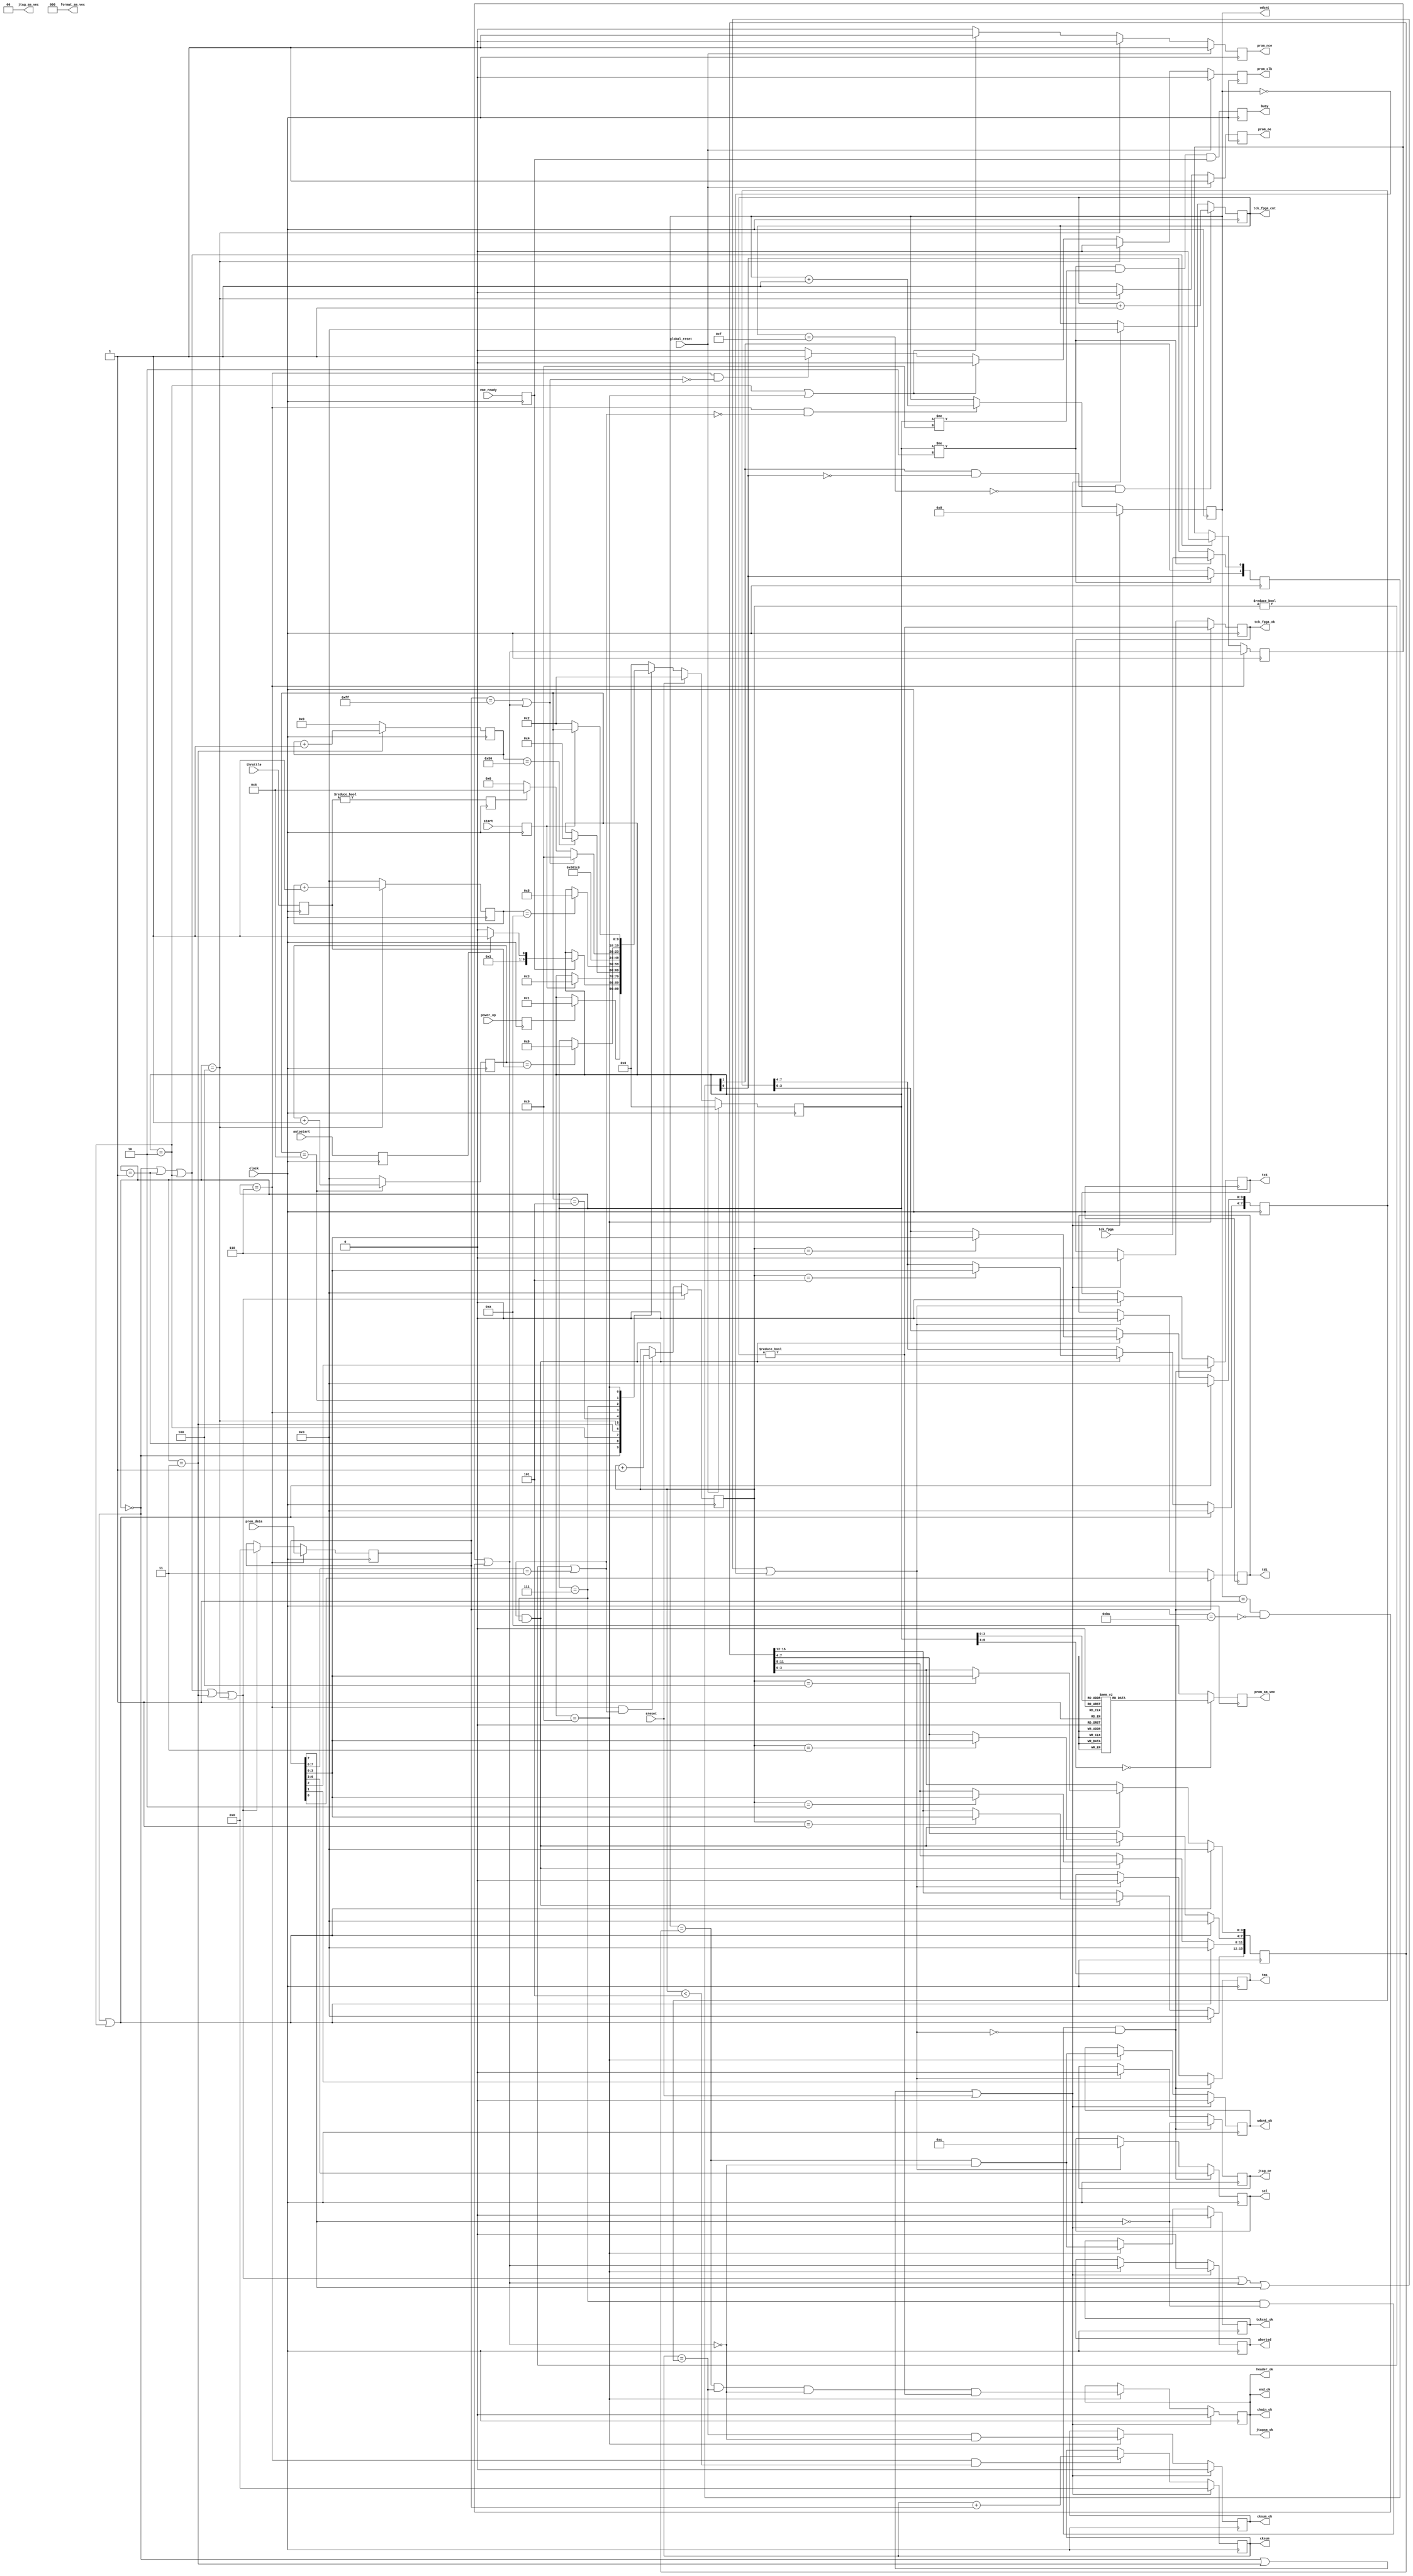
//-----------------------------------------------------------------------------------------------------------------
`timescale 1ns / 1ps
//`define DEBUG_JTAGSM_OLD 1
//-----------------------------------------------------------------------------------------------------------------
//
//	Read User PROM and write to JTAG port
//
//	PROM data structure
//	Adr	76543210	Hex	Description
//	0	10111010	BA	Begin ALCT Marker, if "B" missing state machine stops
//	1	1000aaaa	83	ALCT  MSD 3	Type (288,384,672)
//	2	1000aaaa	88	ALCT      8
//	3	1000aaaa	84	ALCT  LSD 4
//	4	1000mmmm	80	Month MSD 0  in "hex-ascii" April 15, 2006
//	5	1000mmmm	84	Month LSD 4
//	6	1000dddd	81	Day   MSD 1
//	7	1000dddd	85	Day   LSD 5
//	8	1000yyyy	82	Year  MSD 2
//	9	1000yyyy	80	Year      0
//	A	1000yyyy	80	Year      0
//	B	1000yyyy	86	Year  LSD 6
//	C	1000vvvv	81	Version number [3:0]
//	D	1000xxxx	80  Future use
//	E	1000xxxx	80	Future use
//	F	10101010	AA	End ALCT Header Marker
// 10	0ssssttt		First JTAG word, ssss=SEL[3:0], ttt=TCK, TMS, TDI
//	L	0ssssttt		Last  JTAG word
//	L+1	11111010	FA	End of JTAG data Marker
//	L+2	1100wwww	Cw	Word Count [15:12] (includes Adr 0 and end JTAG marker)
//	L+3	1100wwww	Cw	Word Count [11:8]
//	L+4	1100wwww	Cw	Word Count [7:4]
//  L+5 1100wwww	Cw	Word Count [3:0]
//	L+6	1100cccc	Cc	Check Sum  [7:4]
//	L+7	1110cccc	Cc	Check sum  [3:0] includes addresses 0 to L+6
//	L+8	11111111	FF	End of PROM data Marker

//	PROM JTAG data [7:0] format
//	[0]	TDI
//	[1]	TMS
//	[2]	TCK
//	[3]	SEL[0]
//	[4]	SEL[1]
//	[5]	SEL[2]
//	[6]	SEL[3]
//	[7]	Flag
//
//	03/13/06 Initial
//	03/14/06 Sim fixes
//	04/05/06 Add header, trailer, status data
//	04/07/06 Add status reset for software operation
//	04/10/06 Add jtag_oe to port list
//	04/12/06 Remove jtag tri-states, add z to calling module, downsize word counter
//	04/13/06 Remove prom access delay, speed inc adr to 20MHz
//	04/14/06 Add jtag throttle
//	04/18/06 Add fpga jtag tck counter
//	07/20/06 Negate busy until vme_ready is asserted
//	09/22/06 Increase machine state vector width so xst recognizes fsm
//	09/28/06 Extend tck_fpga_cnt_done to d15, to span the allocated 4 bits
//	06/26/08 Add tckcnt_ok to conform to version v2
//	08/19/08 Conform to jtagsm_new port list
//	01/12/09 Mod for ISE 10.1i
//	08/23/10 Port to ise 12, add register init, remove async ffs
//-----------------------------------------------------------------------------------------------------------------
	module jtagsm_old
	(
// Control
	clock,
	global_reset,
	power_up,
	vme_ready,
	start,
	autostart,
	throttle,

// PROM
	prom_data,
	prom_clk,
	prom_oe,
	prom_nce,
	
// JTAG
	jtag_oe,
	tdi,
	tms,
	tck,
	sel,

// Status
	sreset,
	tck_fpga,
	busy,
	aborted,
	header_ok,
	chain_ok,
	tckcnt_ok,
	cksum_ok,
	wdcnt_ok,
	tck_fpga_ok,
	end_ok,
	jtagsm_ok,
	wdcnt,
	cksum,
	tck_fpga_cnt,
	prom_sm_vec,
	format_sm_vec,
	jtag_sm_vec

// Debug
`ifdef DEBUG_JTAGSM_OLD
   ,prom_sm_dsp,
	jtag_write,
	init_done,
	init_cnt_en,
	init_cnt,
	reset_done,
	reset_cnt_en,
	reset_cnt,
	clear_adr,
	next_adr,
	idle_prom,
	wdcnt_prom,
	wdcnt_cnt_en,
	wdcnt_clear,
	cksum_prom,
	blank_data,
	abort,
	header_marker,
	jtag_frame,
	trailer_frame,
	prom_end,
	trailer_cnt_en,
	trailer_cnt,
	latch_status,
	clear_status,
	prom_data_ff,
	check_flag,
	latch_prom_data
`endif
	);
//-----------------------------------------------------------------------------------------------------------------
// IO Ports
//-----------------------------------------------------------------------------------------------------------------
// Control
	input			clock;				// 40 MHz clock
	input			global_reset;		// Global reset
	input			power_up;			// DLL clock lock, we wait for it
	input			vme_ready;			// TMB VME registers loaded from PROM
	input			start;				// Cycle start command
	input			autostart;			// Enable automatic power-up
	input	[3:0]	throttle;			// JTAG speed control, 0=fastest

// PROM
	input	[7:0]	prom_data;			// prom_data[7:0]
	output			prom_clk;			// prom_ctrl[0]
	output			prom_oe;			// prom_ctrl[1]
	output			prom_nce;			// prom_ctrl[2]

// JTAG
	output			jtag_oe;			// Enable jtag drivers else tri-state
	output			tdi;				// jtag_usr[1]
	output			tms;				// jtag_usr[2]
	output			tck;				// jtag_usr[3]
	output	[3:0]	sel;				// sel_usr[3:0]

// Status
	input			sreset;				// Status signal reset
	input			tck_fpga;			// TCK from FPGA JTAG chain 
	output			busy;				// State machine busy
	output			aborted;			// State machine aborted reading PROM
	output			header_ok;			// Header marker found where expected
	output			chain_ok;			// Chain  marker found where expected
	output			tckcnt_ok;			// State machine sent correct number of TCKs to jtag
	output			cksum_ok;			// Check-sum  matches PROM contents
	output			wdcnt_ok;			// Word count matches PROM contents
	output			tck_fpga_ok;		// FPGA jtag tck detected
	output			end_ok;				// End marker detected
	output			jtagsm_ok;			// JTAG state machine completed without errors
	output	[15:0]	wdcnt;				// Word count
	output	[7:0]	cksum;				// Check sum
	output	[3:0]	tck_fpga_cnt;		// FPGA jtag tck counter
	output	[3:0]	prom_sm_vec;		// PROM control State Machine status vector
	output	[2:0]	format_sm_vec;		// Data format  State Machine status vector
	output	[1:0]	jtag_sm_vec;		// JTAG signal  State Machine status vector

//-----------------------------------------------------------------------------------------------------------------
// Debug Ports
//-----------------------------------------------------------------------------------------------------------------
`ifdef DEBUG_JTAGSM_OLD
	output	[71:0]	prom_sm_dsp;
	output			jtag_write;
	output			init_done;
	output			init_cnt_en;
	output	[6:0]	init_cnt;
	output			reset_done;
	output			reset_cnt_en;
	output	[3:0]	reset_cnt;
	output			clear_adr;
	output			next_adr;
	output			idle_prom;
	output	[15:0]	wdcnt_prom;
	output			wdcnt_cnt_en;
	output			wdcnt_clear;
	output	[7:0]	cksum_prom;
	output			blank_data;
	output			abort;
	output			header_marker;
	output			jtag_frame;
	output			trailer_frame;
	output			prom_end;
	output			trailer_cnt_en;
	output	[3:0]	trailer_cnt;
	output			latch_status;
	output			clear_status;
	output	[7:0]	prom_data_ff;
	output			check_flag;
	output			latch_prom_data;
`endif

//-----------------------------------------------------------------------------------------------------------------
// Local
//-----------------------------------------------------------------------------------------------------------------
// State Machine declarations
	reg	[9:0] prom_sm;

	parameter wait_dll		=	4'h0;
	parameter wait_vme		=	4'h1;
	parameter idle			=	4'h2;
	parameter init			=	4'h3;
	parameter reset_adr		=	4'h4;
	parameter prom_taccess	=	4'h5;
	parameter latch_prom	=	4'h6;
	parameter inc_adr		=	4'h7;
	parameter persist		=	4'h8;
	parameter unstart		=	4'h9;

	// synthesis attribute safe_implementation of prom_sm is "yes";
	// synthesis attribute init                of prom_sm is "wait_dll";

//-----------------------------------------------------------------------------------------------------------------
// Main Logic Section
//-----------------------------------------------------------------------------------------------------------------
// FF buffer state machine trigger inputs
	reg	power_up_ff  = 0;
	reg vme_ready_ff = 0;
	reg	start_ff     = 0;
	reg	autostart_ff = 0;

	always @(posedge clock) begin
	power_up_ff  <= power_up;
	vme_ready_ff <= vme_ready;
	start_ff     <= start;
	autostart_ff <= autostart;
	end

// Signal busy if not idling or waiting for unstart
	reg busy=0;

	wire busy_en = (prom_sm != idle) && (prom_sm != unstart) && vme_ready_ff;

	always @(posedge clock) begin
	busy <= busy_en;
	end

// Control signals to the active PROM
	reg	 prom_clk = 0;
	reg  prom_oe  = 1;
	reg	 prom_nce = 1;
	wire prom_end;

	wire clear_adr = (prom_sm == reset_adr);
	wire next_adr  = (prom_sm == latch_prom) && !prom_end;
	wire idle_prom = (prom_sm == idle) || (prom_sm == unstart);

	always @(posedge clock) begin
	if (global_reset) begin
	prom_clk <= 0;
	prom_oe  <= 1;
	prom_nce <= 1;
	end
	else if (clear_adr) begin
	prom_clk <= 0;	// take clock low, it was prolly idle high
	prom_oe	 <= 0;	// 0=reset address, outputs disabled
	prom_nce <= 0;	// 0=chip selected
	end
	else if (idle_prom) begin
	prom_clk <= 0;	// take clk low for idling
	prom_oe	 <= 1;	// 0=reset address, outputs disabled
	prom_nce <= 1;	// 1=chip not selected
	end
	else if (next_adr) begin
	prom_clk <= 1;	// advance address
	prom_oe	 <= 1;	// 1=outputs enabled
	prom_nce <= 0;	// 0=chip selected
	end
	else begin
	prom_clk <= 0;	// take clk low 
	prom_oe	 <= 1;	// 0=reset address, outputs disabled
	prom_nce <= 0;	// 1=chip not selected
	end
	end

// Latch PROM data
	reg [7:0] prom_data_ff=0;

	wire blank_data = 
	(prom_sm == wait_dll)	||
	(prom_sm == wait_vme)	||
	(prom_sm == idle)		||
	(prom_sm == init)		||
	(prom_sm == reset_adr);

	wire latch_prom_data = (prom_sm==latch_prom);
	
	always @(posedge clock) begin
	if (blank_data     ) prom_data_ff <= 0;
	if (latch_prom_data) prom_data_ff <= prom_data;
	end

// Decode control word from PROM
	wire trailer_busy;
	wire abort;

	wire   header_marker = (prom_data_ff[7:0] == 8'hBA);
	wire   jtag_frame	 = (prom_data_ff[7]   == 1'b0 );
	wire   trailer_frame = (prom_data_ff[7:6] == 2'b11);
	assign prom_end		 = (prom_data_ff[7:0] == 8'hFF) || abort;

// Transfer PROM data to JTAG chain
	reg			tdi     = 0;
	reg			tms     = 0;
	reg			tck     = 0;
	reg	[3:0]	sel     = 4'hC;
	reg			jtag_oe = 0;

	wire check_flag = (prom_sm==latch_prom);
	wire jtag_blank = blank_data || abort || !jtag_frame || wdcnt==0;
	wire jtag_write = (prom_sm==inc_adr) && jtag_frame && !jtag_blank;

	always @(posedge clock) begin
	if (jtag_blank) begin
	tdi		<= 0;
	tms		<= 0;
	tck		<= 0;
	sel		<= 4'hC;
	jtag_oe <= 0;	
	end
	if (jtag_write) begin
	tdi		<= prom_data_ff[0];
	tms		<= prom_data_ff[1];
	tck		<= prom_data_ff[2];
	sel		<= prom_data_ff[6:3];
	jtag_oe <= jtag_frame;
	end
	end

// Init delay counter waits 2uS after asserting /CE low per Xilinx datasheet
	reg [6:0] init_cnt=0;

	wire init_cnt_en = (prom_sm  == init);
	wire init_done   = (init_cnt == 80);

	always @(posedge clock) begin
	if (init_cnt_en) init_cnt <= init_cnt+1'b1;
	else             init_cnt <= 0;
	end

// Address reset delay counter asserts reset 250nS per Xilinx datasheet
	reg [3:0] reset_cnt=0;

	wire reset_cnt_en = (prom_sm == reset_adr);
	wire reset_done   = (reset_cnt == 10);

	always @(posedge clock) begin
	if (reset_cnt_en) reset_cnt <= reset_cnt+1'b1;
	else              reset_cnt <= 0;
	end

// Word counter, counts from BA to FA markers, inclusive, 512K PROMs have 512K/8=64K addresses
	reg [15:0] wdcnt      = 0;
	reg [3:0] trailer_cnt = 0;

	wire wdcnt_cnt_en = check_flag && !trailer_busy;
	wire wdcnt_clear  = (prom_sm == wait_dll) || (prom_sm == init) || sreset;
	
	always @(posedge clock) begin
	if (wdcnt_cnt_en) wdcnt <= wdcnt+1'b1;
	if (wdcnt_clear ) wdcnt <= 0;
	end

// Checksum accumulator adds data starting from BA marker to the last word-count frame, inclusive
	reg [7:0] cksum=0;

	wire cksum_cnt_en = check_flag && (trailer_cnt < 5);
	wire cksum_clear  = (prom_sm == wait_dll) || (prom_sm == init) || sreset;
	
	always @(posedge clock) begin
	if (cksum_cnt_en) cksum <= cksum + prom_data_ff;
	if (cksum_clear ) cksum <= 0;
	end

// First frame marker must be present else state machine stops
	reg abort_ff=0;

	wire abort_clear = (prom_sm == wait_dll) || (prom_sm == wait_vme) || (prom_sm == idle);

	always @(posedge clock) begin
	if (abort_clear) abort_ff <= 0;
	if (check_flag ) abort_ff <= abort;
	end

	assign abort = abort_ff || ((wdcnt == 1) && !header_marker);
	
// Trailer frame counter
	wire   trailer_cnt_clear = blank_data;
	wire   trailer_cnt_en	 = check_flag && trailer_busy;
	assign trailer_busy  	 = (trailer_cnt != 0) || trailer_frame;

	always @(posedge clock) begin
	if (trailer_cnt_en)		trailer_cnt <= trailer_cnt+1'b1;
	if (trailer_cnt_clear)	trailer_cnt <= 0;
	end

// Trailer frame storage
	reg [15:0] wdcnt_prom=0;
	reg	[7:0]  cksum_prom=0;

	always @(posedge clock) begin
	if   (trailer_busy && prom_sm==inc_adr) begin
	case (trailer_cnt)
	4'd1:	wdcnt_prom[15:12]	<= prom_data_ff[3:0];
	4'd2:	wdcnt_prom[11:8]	<= prom_data_ff[3:0];
	4'd3:	wdcnt_prom[7:4]		<= prom_data_ff[3:0];
	4'd4:	wdcnt_prom[3:0]		<= prom_data_ff[3:0];
	4'd5:	cksum_prom[7:4]		<= prom_data_ff[3:0];
	4'd6:	cksum_prom[3:0]		<= prom_data_ff[3:0];
	endcase
	end
	if (prom_sm==wait_dll || prom_sm==idle) begin
	wdcnt_prom <= 0;
	cksum_prom <= 0;
	end
	end

// JTAG speed throttle
	reg [3:0]	throttle_ff  = 0;
	reg	[3:0]	throttle_cnt = 0;
	reg			throttle_en  = 0;

	always @(posedge clock) begin
	throttle_ff <= throttle;
	throttle_en	<= (throttle_ff != 0);
	end

	wire throttle_cnt_en = (prom_sm == persist);

	always @(posedge clock) begin
	if (throttle_cnt_en) throttle_cnt <= throttle_cnt+1'b1;
	else                 throttle_cnt <= 0;
	end

	wire throttle_done = (throttle_cnt == throttle_ff);

// Status flags
	reg tckcnt_ok = 0;
	reg wdcnt_ok  = 0;
	reg cksum_ok  = 0;
	reg jtagsm_ok = 0;
	reg aborted   = 0;

	wire latch_status = (prom_sm == unstart );
	wire clear_status = (prom_sm == wait_dll) || (prom_sm == init) || sreset;

	always @(posedge clock) begin
	if (latch_status) begin
	tckcnt_ok <= (wdcnt == wdcnt_prom) && !abort;
	wdcnt_ok  <= (wdcnt == wdcnt_prom) && !abort;
	cksum_ok  <= (cksum == cksum_prom) && !abort;
	jtagsm_ok <= (wdcnt == wdcnt_prom) && (cksum == cksum_prom) && !abort && (tck_fpga_cnt != 0);
	aborted   <= abort;
	end
	if (clear_status) begin
	tckcnt_ok <= 0;
	wdcnt_ok  <= 0;
	cksum_ok  <= 0;
	jtagsm_ok <= 0;
	aborted   <= 0;
	end
	end

// FPGA JTAG TCK counter to check that state machine can write to jtag chain 4'hC
	reg [3:0]	tck_fpga_cnt = 0;
	reg	[1:0]	tck_fpga_ff  = 0;
	reg			tck_fpga_ok  = 0;

	always @(posedge clock) begin
	if (prom_sm != idle) begin
	tck_fpga_ff[0]	<= tck_fpga;
	tck_fpga_ff[1]	<= tck_fpga_ff[0];
	end
	end

	wire tck_fpga_cnt_done = tck_fpga_cnt[3:0] == 4'hF;
	wire tck_fpga_ticked   = tck_fpga_ff[1]  && !tck_fpga_ff[0]; 	// tck transitioned 0-to-1
	wire tck_fpga_cnt_en   = tck_fpga_ticked && !tck_fpga_cnt_done; // stop counter at full scale

	always @(posedge clock) begin
	if (clear_status   ) tck_fpga_cnt <= 0;
	if (tck_fpga_cnt_en) tck_fpga_cnt <= tck_fpga_cnt+1'b1;
	end

	always @(posedge clock) begin
	if (clear_status) tck_fpga_ok <= 0;
	if (latch_status) tck_fpga_ok <= (tck_fpga_cnt != 0);
	end

//-----------------------------------------------------------------------------------------------------------------
//  PROM-Reader State machine
//-----------------------------------------------------------------------------------------------------------------
	always @(posedge clock) begin

	if      (global_reset) prom_sm <= wait_dll;
	else if	(sreset      ) prom_sm <= idle;
	else begin
	case (prom_sm)
	
	wait_dll:										// Wait for FPGA DLLs to lock
	 if (power_up_ff)	prom_sm <= wait_vme;		// FPGA is ready

	wait_vme:										// Wait for VME registers to load
	 if (vme_ready_ff)								// VME loaded from PROM
	 begin
	 if (autostart_ff)	prom_sm <= init;			// Start cycle if autostart enabled
	 else				prom_sm <= idle;			// Otherwise stay idle
	 end

	idle:											// Wait for VME command to program, power down PROM
	 if (start_ff)		prom_sm <= init;			// Start arrived

	init:
	 if (init_done)		prom_sm <= reset_adr;		// Power up PROM, 2uS delay

	reset_adr:
	 if (reset_done)	prom_sm <= prom_taccess;	// Reset PROM address, 250nS delay
	
	prom_taccess:		prom_sm <= latch_prom;		// Relase reset, wait for output to assert 10ns minimum

	latch_prom:			prom_sm <= inc_adr;			// Latch PROM data

	inc_adr:										// Increment PROM address
	 if (prom_end)		prom_sm <= unstart;			// First-word marker missing or hit end of PROM data
	 else 
	 if (throttle_en)	prom_sm <= persist;			// JTAG runs at slower speed
	 else				prom_sm <= latch_prom;		// JTAG runs at full speed

	persist:
	 if (throttle_done)	prom_sm <= latch_prom;		// JTAG speed decrease

	unstart:
	 if (!start_ff)		prom_sm <= idle;			// Wait for VME write command to go away

	default				prom_sm <= wait_dll;
	endcase
	end
	end

// PROM Machine status Vectors
	reg[3:0] prom_sm_vec;

	always @(posedge clock) begin
	case (prom_sm)
	wait_dll:		prom_sm_vec <= 4'h0;
	wait_vme:		prom_sm_vec <= 4'h1;
	idle:			prom_sm_vec <= 4'h2;
	init:			prom_sm_vec <= 4'h3;
	reset_adr:		prom_sm_vec <= 4'h4;
	prom_taccess:	prom_sm_vec <= 4'h5;
	latch_prom:		prom_sm_vec <= 4'h6;
	inc_adr:		prom_sm_vec <= 4'h7;
	persist:		prom_sm_vec <= 4'h8;
	unstart:		prom_sm_vec <= 4'h9;
	default			prom_sm_vec <= 4'hA;
	endcase
	end

// Conforming status signals, not used in this version
	assign header_ok			= jtagsm_ok;	// Header marker found where expected
	assign chain_ok				= jtagsm_ok;	// Chain  marker found where expected
	assign end_ok				= jtagsm_ok;	// End marker detected
	assign format_sm_vec[2:0]	= 0;			// Data format  State Machine status vector
	assign jtag_sm_vec[1:0]		= 0;			// JTAG signal  State Machine status vector

//-----------------------------------------------------------------------------------------------------------------
// Debug
//-----------------------------------------------------------------------------------------------------------------
`ifdef DEBUG_JTAGSM_OLD
// PROM State Machine ASCII display
	reg [71:0] prom_sm_dsp;

	always @* begin
	case (prom_sm)
	wait_dll:		prom_sm_dsp <= "wait_dll ";
	wait_vme:		prom_sm_dsp <= "wait_vme ";
	idle:			prom_sm_dsp <= "idle     ";
	init:			prom_sm_dsp <= "init     ";
	reset_adr:		prom_sm_dsp <= "reset_adr";
	prom_taccess:	prom_sm_dsp <= "prom_tacc";
	latch_prom:		prom_sm_dsp <= "latch_prm";
	inc_adr:		prom_sm_dsp <= "inc_adr  ";
	persist:		prom_sm_dsp <= "persist  ";
	unstart:		prom_sm_dsp <= "unstart  ";
	default			prom_sm_dsp <= "wait_dll ";
	endcase
	end
`endif
//-----------------------------------------------------------------------------------------------------------------
	endmodule
//-----------------------------------------------------------------------------------------------------------------